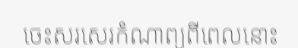
ចេះសរសេរកំណាព្យពីពេលនោះ